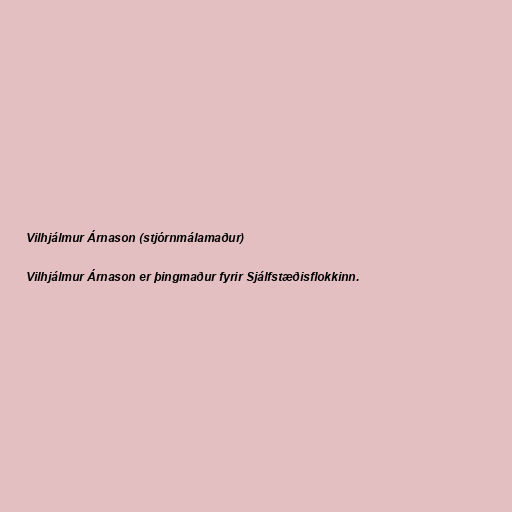
Vilhjálmur Árnason (stjórnmálamaður)

Vilhjálmur Árnason er þingmaður fyrir Sjálfstæðisflokkinn.